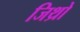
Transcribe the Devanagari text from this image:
जिथ्रो